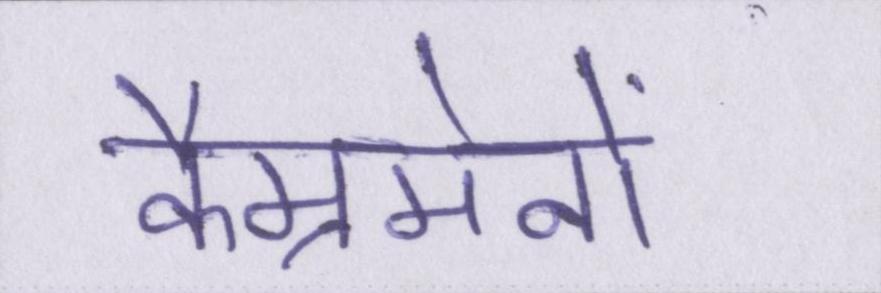
कैम्रमेनों